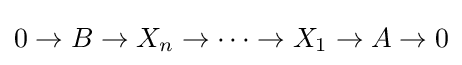
0\to B\to X_{n}\to \cdots \to X_{1}\to A\to 0